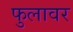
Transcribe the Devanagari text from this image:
फुलावर